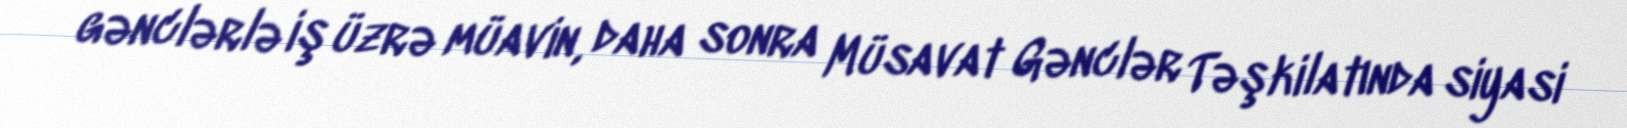
gənclərlə iş üzrə müavin, daha sonra Müsavat Gənclər Təşkilatında siyasi